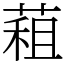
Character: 蒩